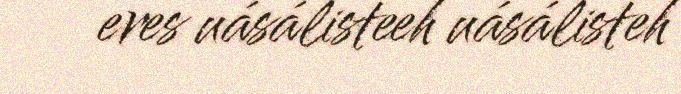
eres uásálisteeh uásálisteh